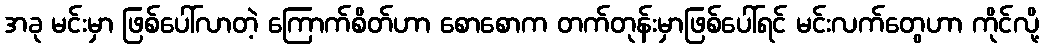
အခု မင်းမှာ ဖြစ်ပေါ်လာတဲ့ ကြောက်စိတ်ဟာ စောစောက တက်တုန်းမှာဖြစ်ပေါ်ရင် မင်းလက်တွေဟာ ကိုင်လို့